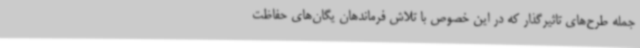
جمله طرح‌های تاثیرگذار که در این خصوص با تلاش فرماندهان یگان‌های حفاظت